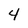
Character: 4